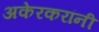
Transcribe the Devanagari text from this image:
अकेरकरांनी